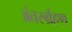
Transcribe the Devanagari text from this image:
अंतरर्ग्रहण